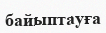
байыптауға